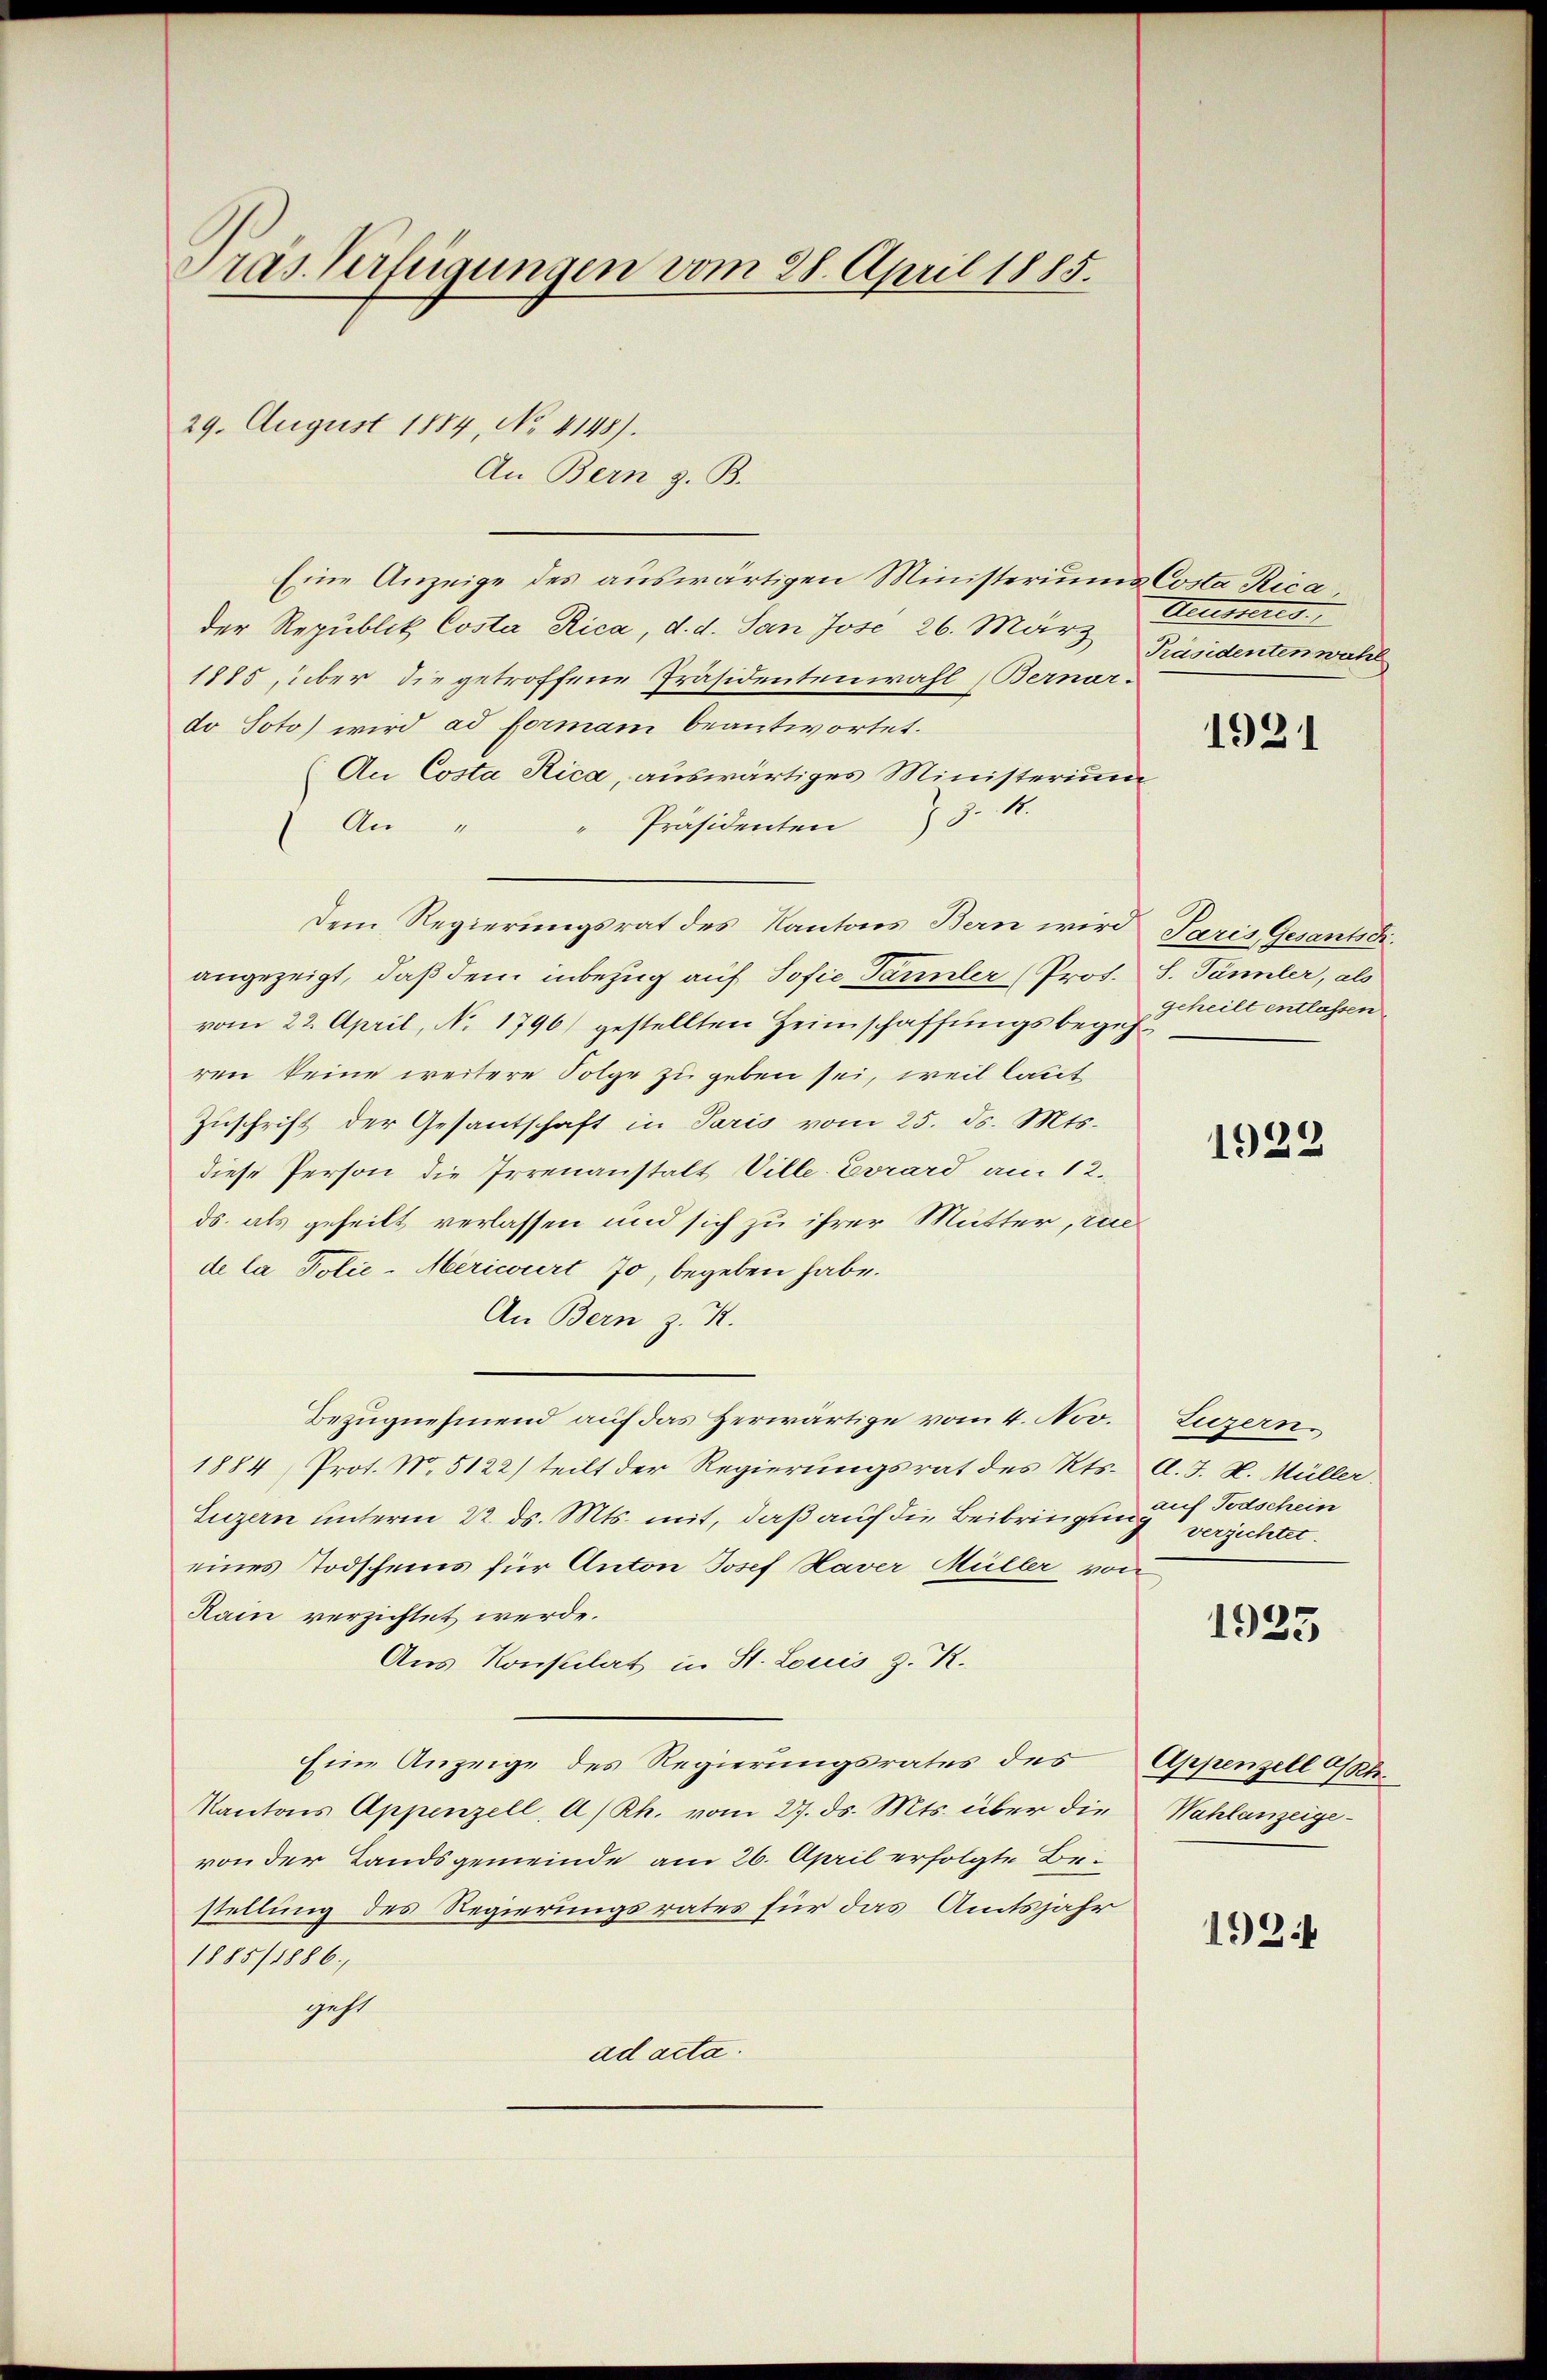
Pras. Verfügungen vom 28. April 1885.

29. August 1884, No 4148).

Eine Anzeige des auswärtigen Ministeriums Costa Rica,
der Republik Costa Rica, d. d. San Jose 26. März
1885 über die getroffene Präsidentenwahl (Bernerdo Soto) wird ad forman beantwortet.
An Costa Rica, auswärtiges Ministerium
Präsidenten 3.
An "
Dem Regierungsrat des Kantons Bern wird
angezeigt, daß dem inbezug auf Sofie Tannler (Prof.
vom 22. April, No 1796) gestellten Heimschaffungsbegehren keine weitere Folge zu geben sei, weil laut
Zuschrift der Gesantschaft in Paris vom 25. ds. Mts.
diese Person die Irrenanstalt Ville Evrard am 12.
ds. als geheilt verlassen und sich zu ihrer Mutter, einde la Polie-Mericiert 70, begeben habe.
An Bern z. R.
Bezugnehmend auf das Herwärtige vom 4. Nov.
1884 Prot. N. 5122) teilt der Regierungsrat des Kts.
Luzern unterm 22. ds. Mts. mit, daß auch die Beibringung verzichtet.
eines Todscheins für Anton Josef Haver Müller von
Hain verzichtet werde.
Aus Konsulat in St. Louis z. R.
Eine Anzeige des Regierungsrates des
Kantons Appenzell A/Rh. vom 27. ds. Mts. über die
von der Landsgemeinde am 26. April erfolgte Be-
stellung des Regierungsrates für das Amtsjahr
1885/1886,
geht
ad acta.

An Bern z. B.

Zeumeres
Präsidenten wähl

1921

Paris Gesantsdi.
S. Tannler, als
geheilt entlassen.

1929

Luzern.
d. J. H. Müller.
auf Todschein

1925

Appenzell Akte
Wahlanzeige¬

1924